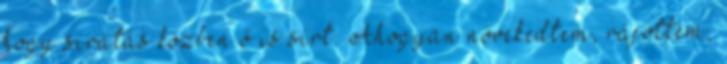
hogy siratás közben ő is sírt. Ahogyan növekedtem, rájöttem,